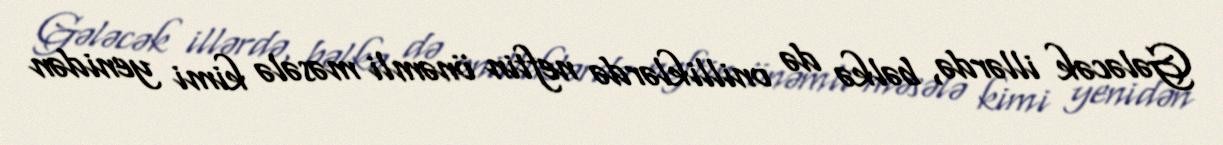
Gələcək illərdə, bəlkə də onilliklərdə neftin önəmli məsələ kimi yenidən